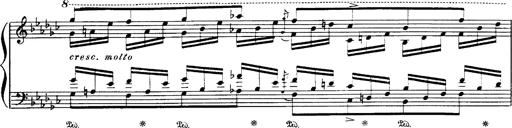
Title: Danza sacra e duetto finale dâ€™Aida
Composer: Franz Liszt